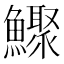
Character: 𩼦